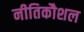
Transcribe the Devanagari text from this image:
नीतिकौशल